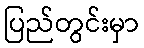
ပြည်တွင်းမှာ